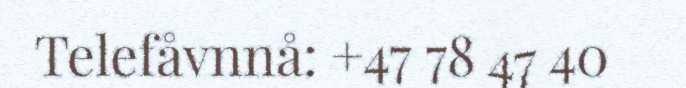
Telefåvnnå: +47 78 47 40